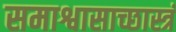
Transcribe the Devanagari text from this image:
समाश्वासाच्छास्त्रं